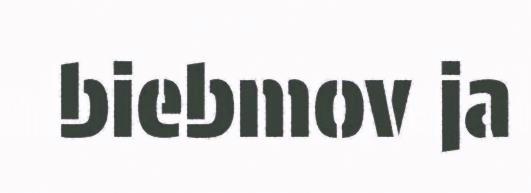
biebmov ja